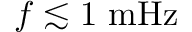
f \lesssim 1 ~ \mathrm { m H z }